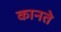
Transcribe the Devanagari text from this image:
कानते